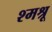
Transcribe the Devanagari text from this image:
श्मश्रू